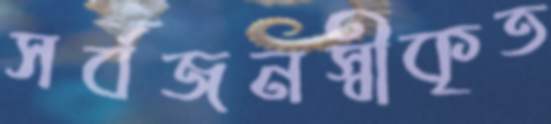
সর্বজনস্বীকৃত